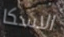
الاسكا